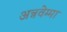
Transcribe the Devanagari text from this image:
अन्नवेम्मा